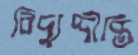
বিদ্যুদ্দীপ্তি